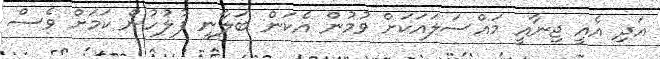
އަދި އެއީ ޖިނާއީ މައްސަލައަކަށް ވުމުން އެކަން ބަލާނީ ފުލުހުން ކަމަށް ވެސް